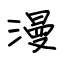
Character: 漫